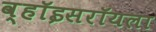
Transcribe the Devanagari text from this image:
व्हॉइसरॉयला